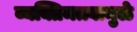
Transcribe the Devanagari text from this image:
व्यक्तिमत्त्वामुळे